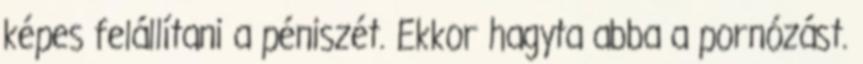
képes felállítani a péniszét. Ekkor hagyta abba a pornózást.